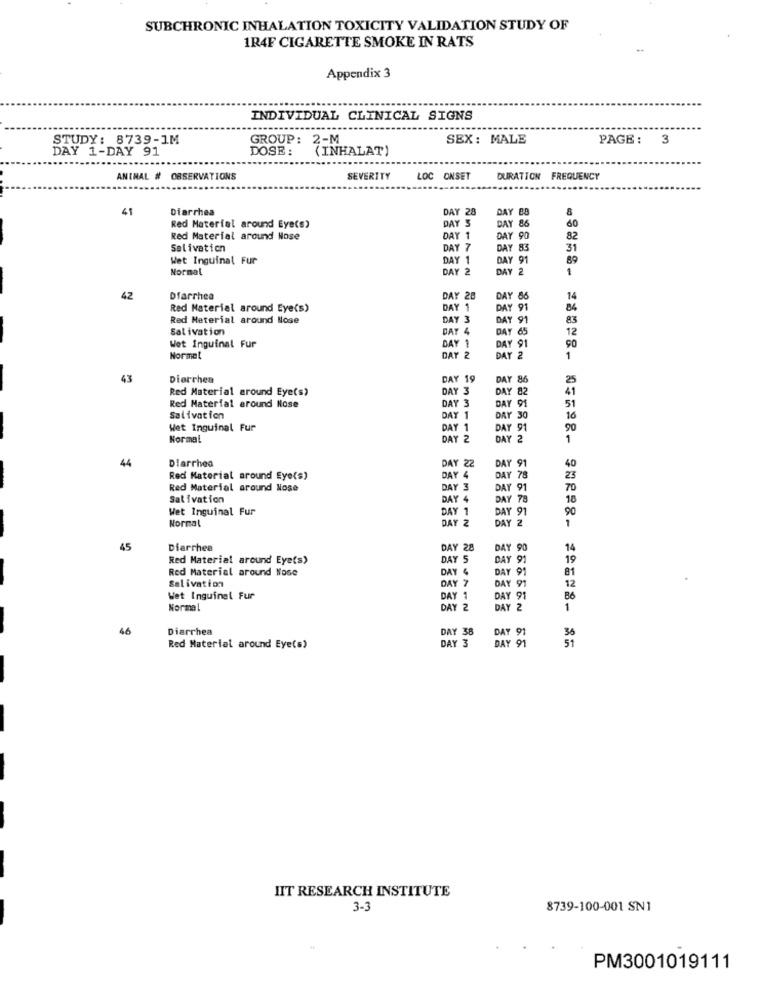
SUBCHRONIC INHALATION TOXICITY VALIDATION STUDY OF
1R4F CIGARETTE SMOKE IN RATS
Appendix 3
INDIVIDUAL CLINICAL SIGNS
......
STUDY: 8739-1M
GROUP: 2-M
SEX: MALE
PAGE: 3
DAY 1-DAY 91
DOSE:
(INHALAT)
ANINAL # OBSERVATIONS
SEVERITY
LOC ONSET
DURATION FREQUENCY
41
Diarrhea
DAY 28
DAY 88
DAY S
Red Material around Eye(s)
DAY
82
Red Material around Nose
DAY 1
Y 90
Salivation
DAY 7
Y 83
31
Wet Inguinal Fur
DAY 1
Y 91
89
Normal
DAY 2
DAY 2
42
Dfarrhea
DAY 28
DAY 86
14
Red Material around Eye(s)
DAY 1
DAY 91
84
Red Meterial around Nose
DAY 3
DAY
Salivation
DAY 4
DAY 65
12
DAY 1
Y 91
90
Wot Inguinal Fur
Normal
DAY 2
1
43
Diarrhea
DAY 19
DAY 86
25
Red Material around Eye(s)
DAY 3
DAY 82
DAY 3
51
Red Material around Nose
DAY 91
Salivation
DAY 30
16
Wet Inguinal Fur
DAY 1
DAY 91
90
Normal
DAY 2
DAY 2
1
Diarrhea
DAY 22
44
DAY 91
40
Red Material around Eye(s)
DAY 4
DAY 78
23
Red Material around Nose
DAY 3
Y 91
70
Salivation
DAY 4
DAY 78
18
Wet Inguinal Fur
DAY 1
DAY 91
90
Normal
DAY 2
DAY 2
45
Diarrhea
DAY 28
DAY 90
14
Red Material around Eye(s)
DAY 91
19
Red Material around Nose
DAY 91
81
DAY 7
Salivation
DAY 91
12
Wet Inguinal Fur
DAY 1
DAY 91
86
Normal
DAY
DAY 2
1
46
Diarrhea
DAY 38
DAY 91
DAY 91
36
51
Red Material around Eye(s)
DAY 3
HIT RESEARCH INSTITUTE
3-3
8739-100-001 SN1
PM3001019111